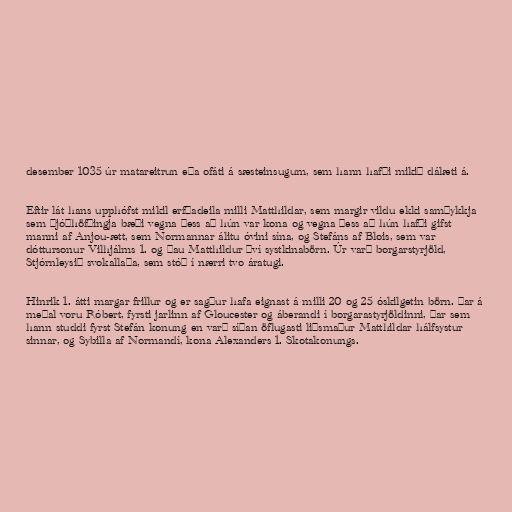
desember 1035 úr matareitrun eða ofáti á sæsteinsugum, sem hann hafði mikið dálæti á.

Eftir lát hans upphófst mikil erfðadeila milli Matthildar, sem margir vildu ekki samþykkja
sem þjóðhöfðingja bæði vegna þess að hún var kona og vegna þess að hún hafði gifst
manni af Anjou-ætt, sem Normannar álitu óvini sína, og Stefáns af Blois, sem var
dóttursonur Vilhjálms 1. og þau Matthildur því systkinabörn. Úr varð borgarstyrjöld,
Stjórnleysið svokallaða, sem stóð í nærri tvo áratugi.

Hinrik 1. átti margar frillur og er sagður hafa eignast á milli 20 og 25 óskilgetin börn. Þar á
meðal voru Róbert, fyrsti jarlinn af Gloucester og áberandi í borgarastyrjöldinni, þar sem
hann studdi fyrst Stefán konung en varð síðan öflugasti liðsmaður Matthildar hálfsystur
sinnar, og Sybilla af Normandí, kona Alexanders 1. Skotakonungs.